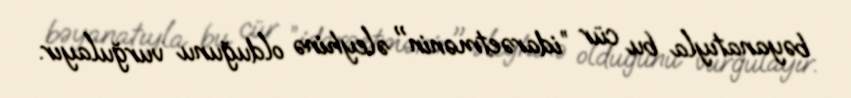
bəyanatıyla bu cür ”idarəetmənin" əleyhinə olduğunu vurğulayır.